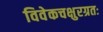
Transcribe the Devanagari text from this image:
विवेकचक्षुरग्रतः